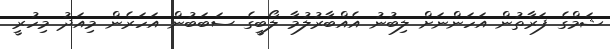
ޝަމްގެ ފަރާތުން އަހަންނަށް ލިބުނު އެއްބާރުލުމާ ލޯބީގެ ސަބަބުން އަހަރެން މިއަދު މިހުރީ